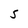
Character: S